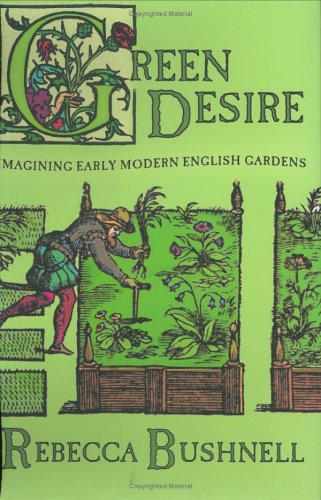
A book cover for Green Desire: Imagining Early Modern English Gardens; Rebecca W. Bushnell; Crafts, Hobbies & Home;